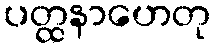
ပတ္ထနာဟေတု